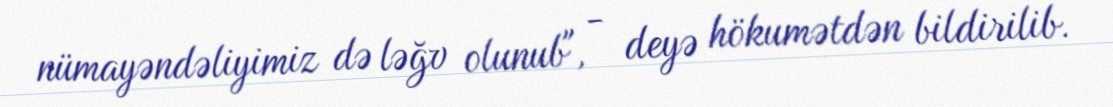
nümayəndəliyimiz də ləğv olunub", - deyə hökumətdən bildirilib.